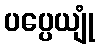
ပပ္ပေယျုံ